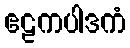
ဧဠကပါဒကံ